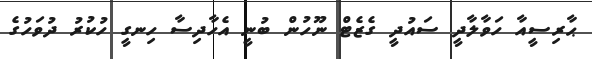
ޙާރިސީއާ ހަވާލާދީ ސައުދީ ގެޒެޓް ނޫހުން ބުނީ އެހާދިސާ ހިނގީ ހުކުރު ދުވަހުގެ